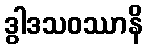
ဒွါဒသဝဿာနိ